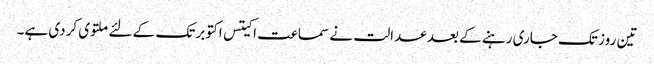
تین روز تک جاری رہنے کے بعد عدالت نے سماعت اکیتس اکتوبر تک کے لئے ملتوی کردی ہے۔